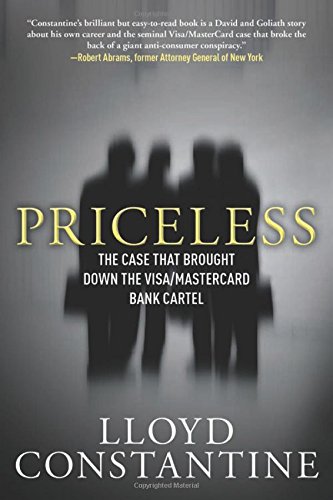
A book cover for Priceless: The Case that Brought Down the Visa/MasterCard Bank Cartel; Lloyd Constantine; Business & Money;